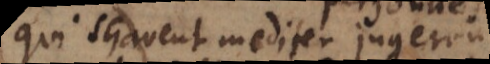
qui sçavent mediter jugeront